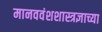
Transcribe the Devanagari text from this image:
मानववंशशास्त्रज्ञाच्या